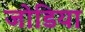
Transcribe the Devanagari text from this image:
जोडिया